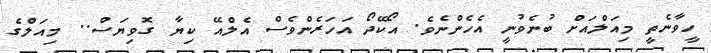
ހީވާނެތީ މިއަލްއަށް ބުނެވުނީ އެހެންނެވެ. އޯކޭދޯ އަހަރެންވެސް އެލްއޭ ކިޔާ ގޮވިޔަސް.. މިއަލްގެ